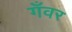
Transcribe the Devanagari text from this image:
गँवर